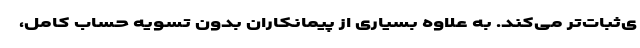
ی‌ثبات‌تر می‌کند. به علاوه بسیاری از پیمانکاران بدونِ تسویه حساب کامل،